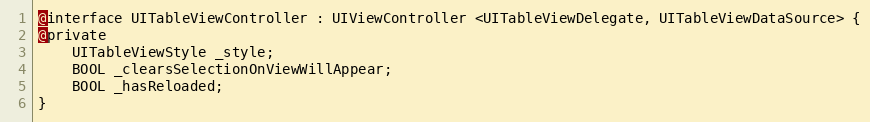
Language: C
@interface UITableViewController : UIViewController <UITableViewDelegate, UITableViewDataSource> {
@private
    UITableViewStyle _style;
    BOOL _clearsSelectionOnViewWillAppear;
    BOOL _hasReloaded;
}